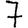
Digit: 7